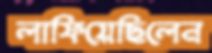
লাফিয়েছিলেন